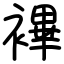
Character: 襅